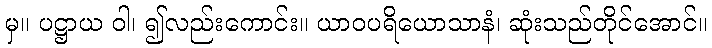
မှ။ ပဋ္ဌာယ ဝါ၊ ၍လည်းကောင်း။ ယာဝပရိယောသာနံ၊ ဆုံးသည်တိုင်အောင်။